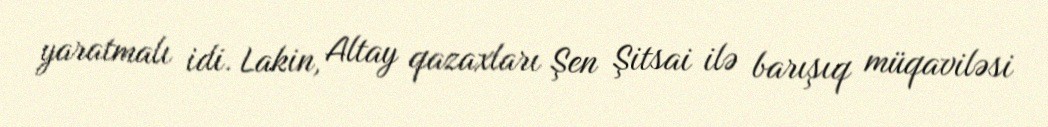
yaratmalı idi. Lakin, Altay qazaxları Şen Şitsai ilə barışıq müqaviləsi